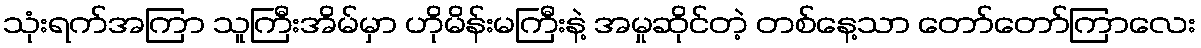
သုံးရက်အကြာ သူကြီးအိမ်မှာ ဟိုမိန်းမကြီးနဲ့ အမှုဆိုင်တဲ့ တစ်နေ့သာ တော်တော်ကြာလေး